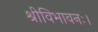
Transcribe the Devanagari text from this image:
श्रीविभावनः।